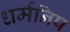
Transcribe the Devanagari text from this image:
धर्मनिष